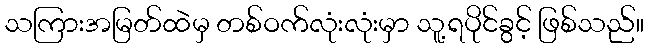
သကြားအမြတ်ထဲမှ တစ်ဝက်လုံးလုံးမှာ သူ့ရပိုင်ခွင့် ဖြစ်သည်။